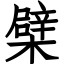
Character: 檗